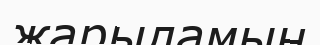
жарыламын